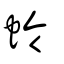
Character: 蛉